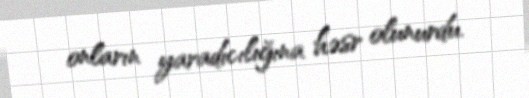
onların yaradıcılığına həsr olunurdu.